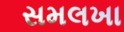
સમલખા